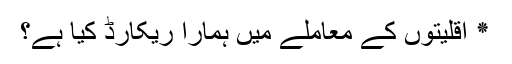
٭ اقلیتوں کے معاملے میں ہمارا ریکارڈ کیا ہے؟